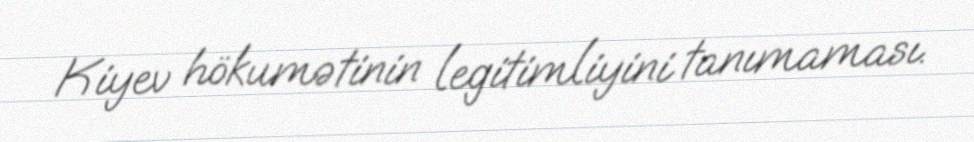
Kiyev hökumətinin legitimliyini tanımaması.